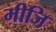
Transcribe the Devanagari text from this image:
मीजि